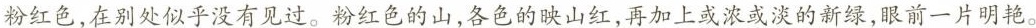
粉红色，在别处似乎没有见过。粉红色的山，各色的映山红，再加上或浓或淡的新绿，眼前一片明艳。